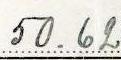
50.62